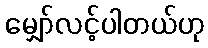
မျှော်လင့်ပါတယ်ဟု